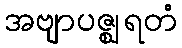
အဗျာပဇ္ဈရတံ